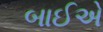
બાઈએ